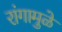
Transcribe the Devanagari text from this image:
रांगामुळे